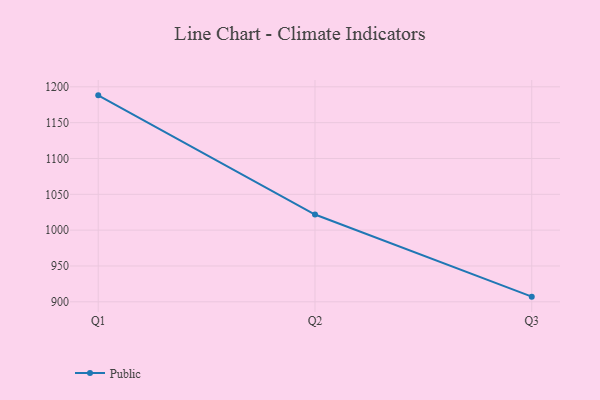
{"axis": {"x": "Quarter", "y": "Conversion Rate (%)"}, "legend": ["Public"], "data": [{"x": "Q1", "y": 1188.1, "type": "Public"}, {"x": "Q2", "y": 1021.8, "type": "Public"}, {"x": "Q3", "y": 907.2, "type": "Public"}]}